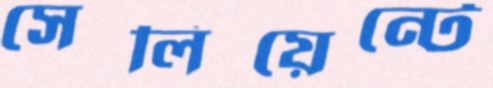
সেলিয়েন্টে